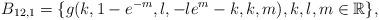
LaTeX: \begin{align*} B_{12,1}=\{g(k,1-e^{-m},l,-le^{m}-k,k,m), k,l,m \in \mathbb R\}, \end{align*}